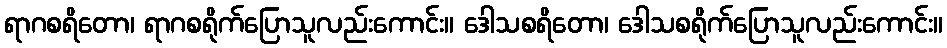
ရာဂစရိတော၊ ရာဂစရိုက်ပြောသူလည်းကောင်း။ ဒေါသစရိတော၊ ဒေါသစရိုက်ပြောသူလည်းကောင်း။